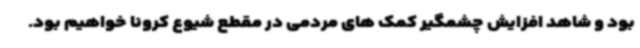
بود و شاهد افزایش چشمگیر کمک های مردمی در مقطع شیوع کرونا خواهیم بود.